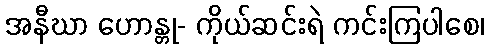
အနီဃာ ဟောန္တု- ကိုယ်ဆင်းရဲ ကင်းကြပါစေ၊